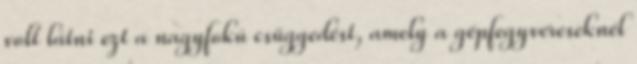
volt látni ezt a nagyfokú csüggedést, amely a gépfegyvereseknél